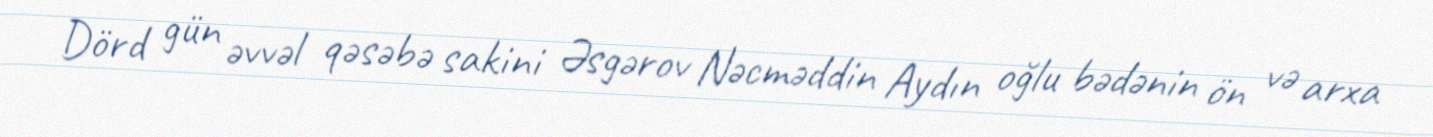
Dörd gün əvvəl qəsəbə sakini Əsgərov Nəcməddin Aydın oğlu bədənin ön və arxa